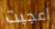
اعجبت